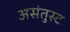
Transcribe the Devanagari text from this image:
असंतुस्ट